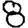
Digit: 8